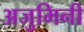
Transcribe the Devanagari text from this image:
अजुमिनी